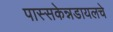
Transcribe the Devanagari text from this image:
पास्सकेन्नडायलचे